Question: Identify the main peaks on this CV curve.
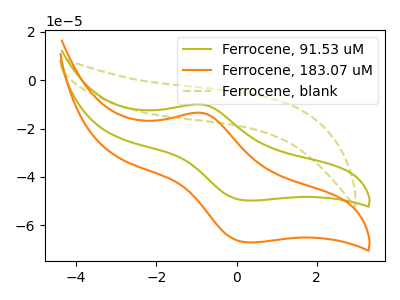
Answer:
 <answer>The olive curve "Ferrocene, 91.53 uM" has an anodic peak at (-0.85V, -10.05uA) and a cathodic peak at (0.25V, -49.75uA). The orange curve "Ferrocene, 183.07 uM" has an anodic peak at (-0.85V, -13.55uA) and a cathodic peak at (0.25V, -67.05uA). The olive dashed curve "Ferrocene, blank" has no peaks.</answer>
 <eval></eval>